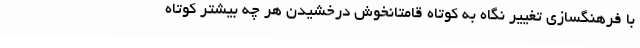
با فرهنگسازی تغییر نگاه به کوتاه قامتانخوش درخشیدن هر چه بیشتر کوتاه